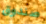
صندوق